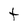
Character: t